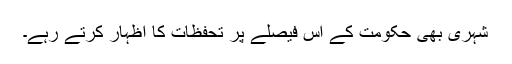
شہری بھی حکومت کے اس فیصلے پر تحفظات کا اظہار کرتے رہے۔